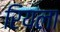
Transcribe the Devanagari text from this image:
रियला